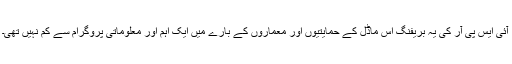
آئی ایس پی آر کی یہ بریفنگ اس ماڈل کے حمایتیوں اور معماروں کے بارے میں ایک اہم اور معلوماتی پروگرام سے کم نہیں تھی۔